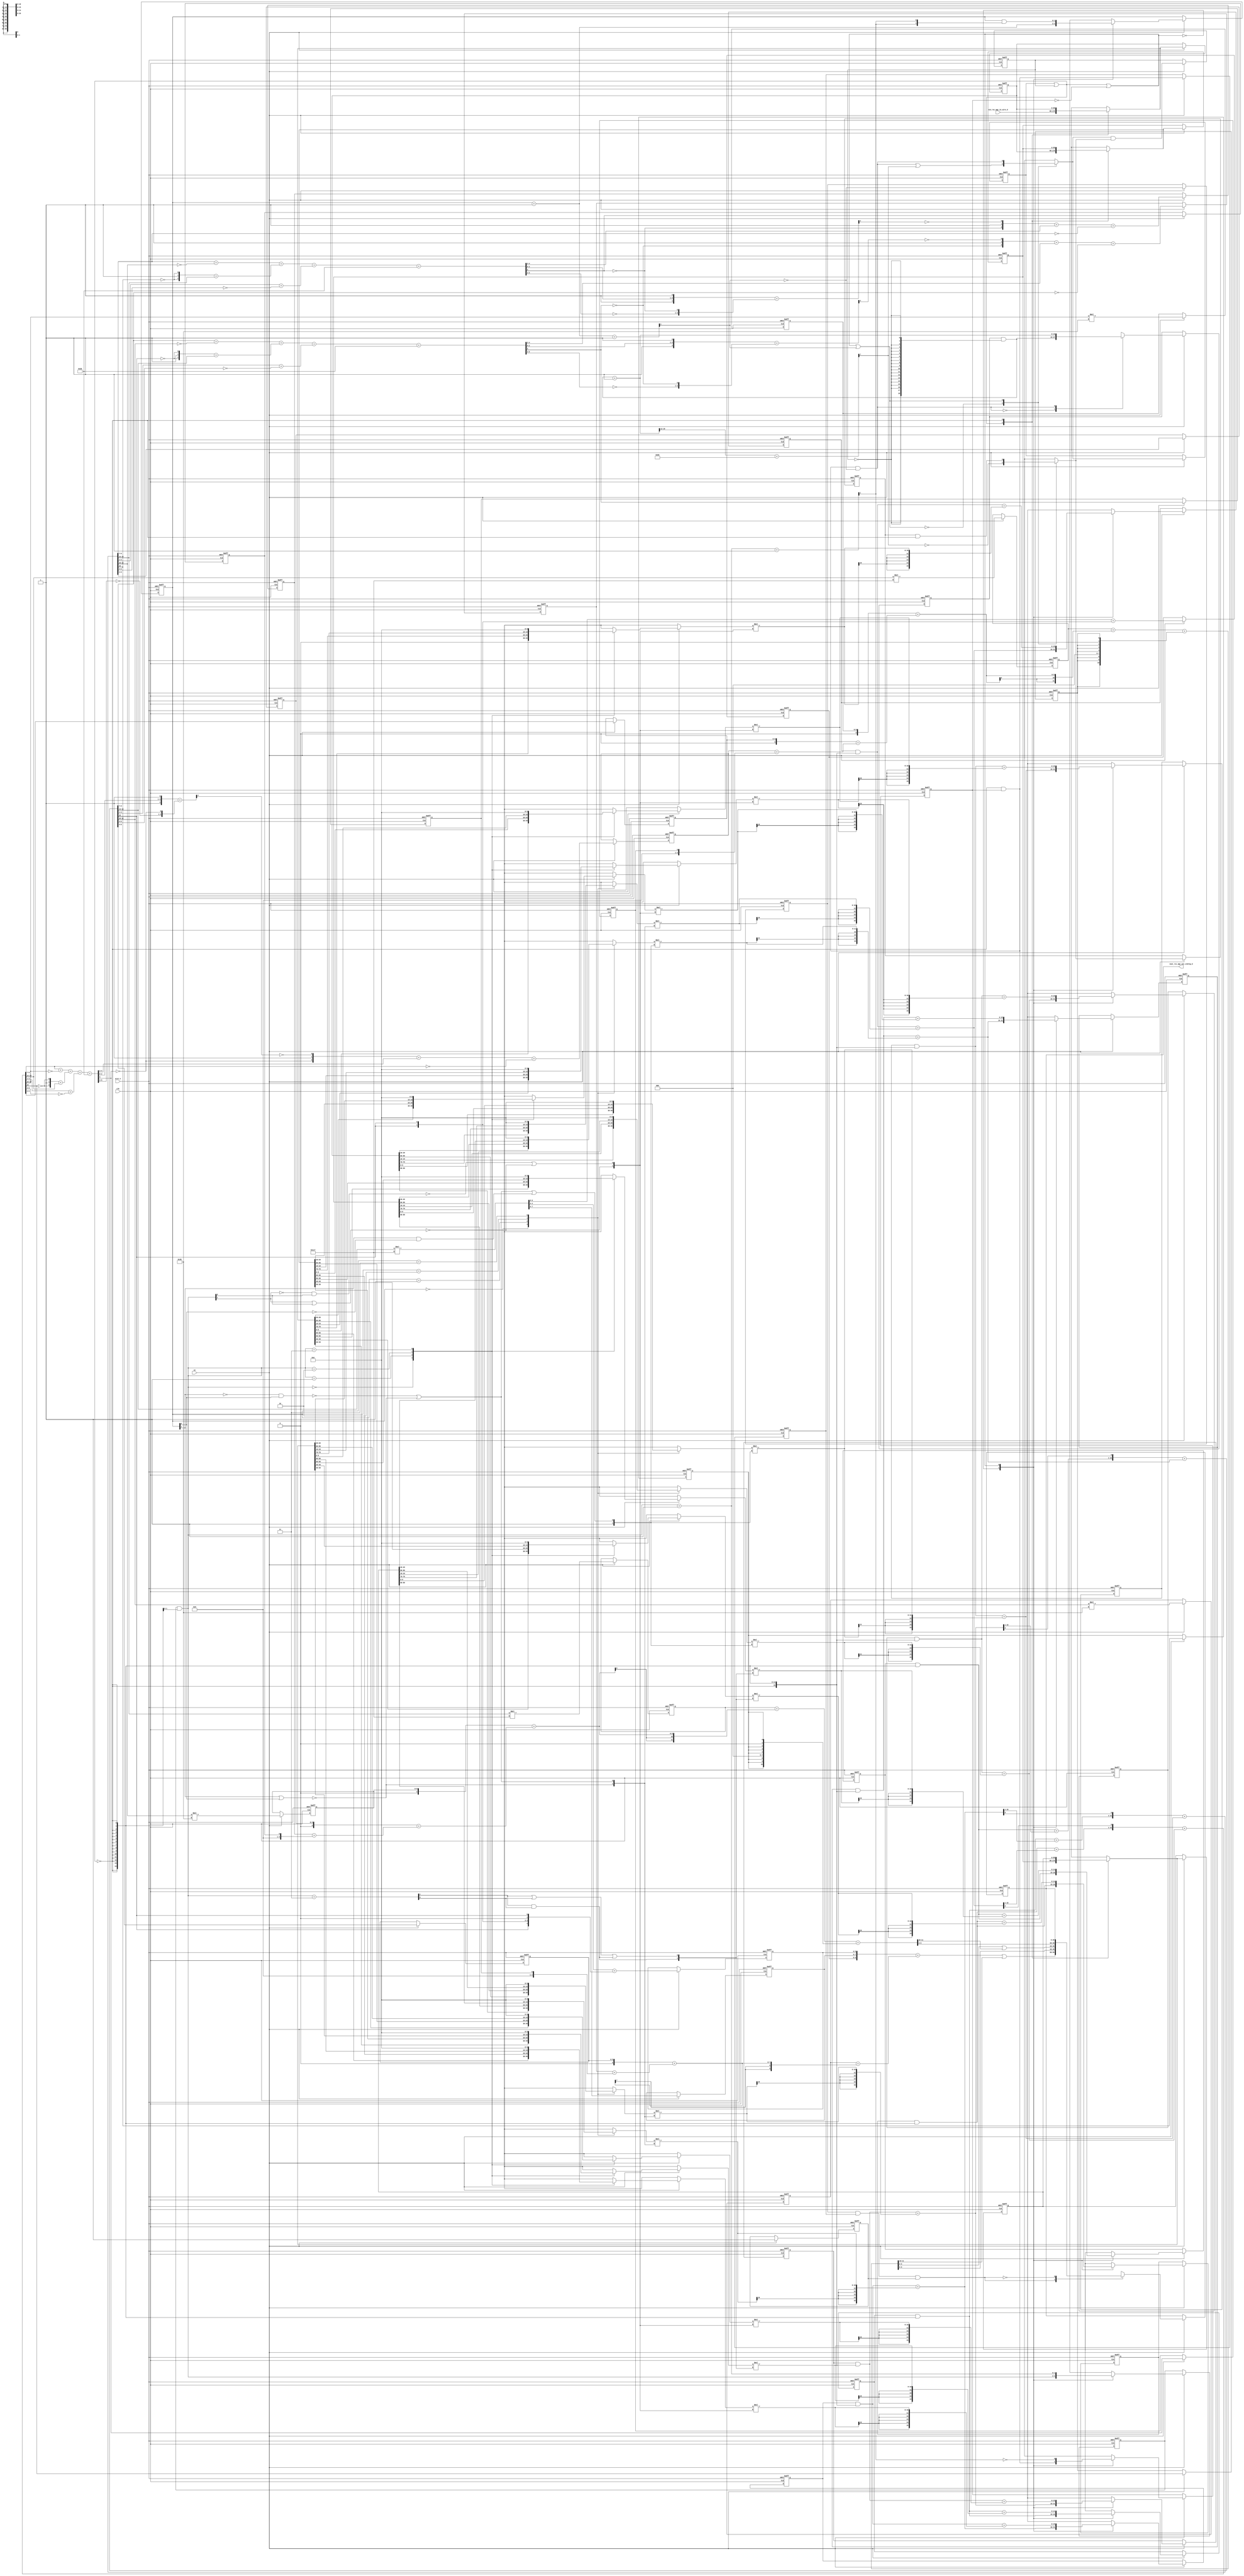
module sobel_core (
  clk, en, arst_n, vin_rsc_mgc_in_wire_d, vout_rsc_mgc_out_stdreg_d
);
  input clk;
  input en;
  input arst_n;
  input [89:0] vin_rsc_mgc_in_wire_d;
  output [29:0] vout_rsc_mgc_out_stdreg_d;
  reg [29:0] vout_rsc_mgc_out_stdreg_d;


  // Interconnect Declarations
  wire and_dcpl_1;
  wire or_dcpl_2;
  reg [18:0] FRAME_p_1_lpi_1;
  reg [14:0] b_1_sg1_lpi_1;
  reg [15:0] b_0_lpi_1;
  reg [15:0] b_2_lpi_1;
  reg [14:0] g_1_sg1_lpi_1;
  reg [15:0] g_0_lpi_1;
  reg [15:0] g_2_lpi_1;
  reg [14:0] r_1_sg1_lpi_1;
  reg [15:0] r_0_lpi_1;
  reg [15:0] r_2_lpi_1;
  reg [1:0] i_6_lpi_1;
  reg exit_FRAME_for_lpi_1;
  reg [1:0] i_7_lpi_1;
  reg [89:0] regs_regs_1_sva;
  reg [89:0] regs_regs_0_sva;
  reg exit_FRAME_1_sva;
  reg [89:0] regs_regs_2_lpi_1_dfm;
  reg exit_FRAME_lpi_1_dfm_2;
  reg exit_FRAME_for_1_lpi_1_dfm_4;
  reg [10:0] FRAME_mul_2_itm_1;
  wire [21:0] nl_FRAME_mul_2_itm_1;
  reg [8:0] FRAME_mul_3_itm_1;
  wire [17:0] nl_FRAME_mul_3_itm_1;
  reg [5:0] green_slc_green_2_sg1_itm_1;
  reg [4:0] FRAME_acc_18_itm_1;
  wire [5:0] nl_FRAME_acc_18_itm_1;
  reg FRAME_slc_acc_imod_5_4_itm_1;
  reg green_slc_green_2_sg1_12_itm_1;
  reg [10:0] FRAME_mul_4_itm_1;
  wire [21:0] nl_FRAME_mul_4_itm_1;
  reg [8:0] FRAME_mul_5_itm_1;
  wire [17:0] nl_FRAME_mul_5_itm_1;
  reg [5:0] blue_slc_blue_2_sg1_itm_1;
  reg [4:0] FRAME_acc_30_itm_1;
  wire [5:0] nl_FRAME_acc_30_itm_1;
  reg FRAME_slc_acc_imod_7_4_itm_1;
  reg blue_slc_blue_2_sg1_12_itm_1;
  reg [8:0] FRAME_mul_1_itm_1;
  wire [17:0] nl_FRAME_mul_1_itm_1;
  reg [5:0] red_slc_red_2_sg1_itm_1;
  reg [4:0] FRAME_acc_37_itm_1;
  wire [5:0] nl_FRAME_acc_37_itm_1;
  reg FRAME_slc_acc_imod_3_4_itm_1;
  reg exit_FRAME_for_lpi_1_dfm_st_1;
  reg exit_FRAME_for_1_sva_2_st_1;
  reg main_stage_0_2;
  reg [1:0] FRAME_acc_41_itm_1_sg2;
  wire [2:0] nl_FRAME_acc_41_itm_1_sg2;
  reg [1:0] FRAME_acc_41_itm_1_sg1;
  reg [5:0] FRAME_acc_41_itm_3;
  wire [6:0] nl_FRAME_acc_41_itm_3;
  wire or_4_cse;
  wire or_9_cse;
  wire exit_FRAME_for_1_lpi_1_dfm_5;
  wire [1:0] FRAME_for_1_acc_itm;
  wire [2:0] nl_FRAME_for_1_acc_itm;
  wire [7:0] FRAME_acc_itm;
  wire [8:0] nl_FRAME_acc_itm;
  wire [11:0] FRAME_acc_3_psp_sva;
  wire [13:0] nl_FRAME_acc_3_psp_sva;
  wire [11:0] FRAME_acc_4_psp_sva;
  wire [13:0] nl_FRAME_acc_4_psp_sva;
  wire exit_FRAME_for_lpi_1_dfm;
  wire [1:0] i_7_sva;
  wire [2:0] nl_i_7_sva;
  wire exit_FRAME_for_1_lpi_1_dfm_4_mx0;
  wire [89:0] regs_regs_2_lpi_1_dfm_mx0;
  wire [89:0] regs_regs_1_sva_dfm_mx0;
  wire [89:0] regs_regs_0_sva_dfm_mx0;
  wire exit_FRAME_lpi_1_dfm_2_mx0;
  wire [18:0] FRAME_p_1_sva_1;
  wire [19:0] nl_FRAME_p_1_sva_1;
  wire [18:0] FRAME_p_1_lpi_1_dfm;
  wire [5:0] acc_imod_3_sva;
  wire [7:0] nl_acc_imod_3_sva;
  wire [9:0] FRAME_mul_sdt;
  wire [19:0] nl_FRAME_mul_sdt;
  wire [5:0] acc_imod_7_sva;
  wire [7:0] nl_acc_imod_7_sva;
  wire [5:0] acc_imod_5_sva;
  wire [7:0] nl_acc_imod_5_sva;
  wire [14:0] b_1_sg1_lpi_1_dfm;
  wire [15:0] b_2_sva_1;
  wire [16:0] nl_b_2_sva_1;
  wire [15:0] b_0_sva_1;
  wire [16:0] nl_b_0_sva_1;
  wire [14:0] g_1_sg1_lpi_1_dfm;
  wire [15:0] g_2_sva_1;
  wire [16:0] nl_g_2_sva_1;
  wire [15:0] g_0_sva_1;
  wire [16:0] nl_g_0_sva_1;
  wire [14:0] r_1_sg1_lpi_1_dfm;
  wire [15:0] r_2_sva_1;
  wire [16:0] nl_r_2_sva_1;
  wire [15:0] r_0_sva_1;
  wire [16:0] nl_r_0_sva_1;
  wire [15:0] b_2_lpi_1_dfm;
  wire FRAME_for_1_nor_cse;
  wire [15:0] g_2_lpi_1_dfm;
  wire [15:0] r_2_lpi_1_dfm;
  wire [15:0] b_0_lpi_1_dfm;
  wire [15:0] g_0_lpi_1_dfm;
  wire [15:0] r_0_lpi_1_dfm;
  wire [1:0] i_6_sva_1;
  wire [2:0] nl_i_6_sva_1;
  wire [1:0] i_6_lpi_1_dfm;
  wire FRAME_for_nor_cse;
  wire FRAME_for_and_18_seb;
  wire [1:0] FRAME_for_acc_5_tmp;
  wire [2:0] nl_FRAME_for_acc_5_tmp;
  wire not_24;
  wire [15:0] ACC2_3_acc_1_itm;
  wire [16:0] nl_ACC2_3_acc_1_itm;
  wire [15:0] ACC2_3_acc_3_itm;
  wire [16:0] nl_ACC2_3_acc_3_itm;
  wire [15:0] ACC2_3_acc_2_itm;
  wire [16:0] nl_ACC2_3_acc_2_itm;
  wire FRAME_for_1_or_1_itm;
  wire FRAME_for_1_or_itm;
  wire FRAME_for_or_4_itm;
  wire FRAME_for_or_itm;
  wire FRAME_for_or_5_itm;
  wire [1:0] FRAME_for_acc_itm;
  wire [2:0] nl_FRAME_for_acc_itm;

  wire[9:0] regs_operator_23_mux_nl;
  wire[9:0] regs_operator_17_mux_nl;
  wire[9:0] regs_operator_22_mux_nl;
  wire[9:0] regs_operator_16_mux_nl;
  wire[9:0] regs_operator_21_mux_nl;
  wire[9:0] regs_operator_15_mux_nl;

  // Interconnect Declarations for Component Instantiations 
  assign nl_FRAME_acc_3_psp_sva = (conv_u2s_11_12(FRAME_mul_2_itm_1) + conv_s2s_10_12(conv_u2s_9_10(FRAME_mul_3_itm_1)
      + conv_s2s_8_10(conv_u2s_6_8(green_slc_green_2_sg1_itm_1) + conv_s2s_5_8(FRAME_acc_18_itm_1
      + ({4'b1001 , FRAME_slc_acc_imod_5_4_itm_1}))))) + conv_u2u_11_12(signext_11_9({green_slc_green_2_sg1_12_itm_1
      , 3'b0 , ({{2{green_slc_green_2_sg1_12_itm_1}}, green_slc_green_2_sg1_12_itm_1})
      , 1'b0 , green_slc_green_2_sg1_12_itm_1}));
  assign FRAME_acc_3_psp_sva = nl_FRAME_acc_3_psp_sva[11:0];
  assign nl_FRAME_acc_4_psp_sva = (conv_u2s_11_12(FRAME_mul_4_itm_1) + conv_s2s_10_12(conv_u2s_9_10(FRAME_mul_5_itm_1)
      + conv_s2s_8_10(conv_u2s_6_8(blue_slc_blue_2_sg1_itm_1) + conv_s2s_5_8(FRAME_acc_30_itm_1
      + ({4'b1001 , FRAME_slc_acc_imod_7_4_itm_1}))))) + conv_u2u_11_12(signext_11_9({blue_slc_blue_2_sg1_12_itm_1
      , 3'b0 , ({{2{blue_slc_blue_2_sg1_12_itm_1}}, blue_slc_blue_2_sg1_12_itm_1})
      , 1'b0 , blue_slc_blue_2_sg1_12_itm_1}));
  assign FRAME_acc_4_psp_sva = nl_FRAME_acc_4_psp_sva[11:0];
  assign nl_FRAME_for_1_acc_itm = i_7_sva + 2'b1;
  assign FRAME_for_1_acc_itm = nl_FRAME_for_1_acc_itm[1:0];
  assign exit_FRAME_for_lpi_1_dfm = exit_FRAME_for_lpi_1 & not_24;
  assign nl_i_7_sva = i_7_lpi_1 + 2'b1;
  assign i_7_sva = nl_i_7_sva[1:0];
  assign exit_FRAME_for_1_lpi_1_dfm_4_mx0 = MUX_s_1_2_2({(exit_FRAME_for_1_lpi_1_dfm_5
      | (FRAME_acc_itm[7])) , exit_FRAME_for_1_lpi_1_dfm_5}, or_9_cse);
  assign regs_regs_2_lpi_1_dfm_mx0 = MUX_v_90_2_2({regs_regs_1_sva , regs_regs_2_lpi_1_dfm},
      and_dcpl_1);
  assign regs_regs_1_sva_dfm_mx0 = MUX_v_90_2_2({regs_regs_0_sva , regs_regs_1_sva},
      and_dcpl_1);
  assign regs_regs_0_sva_dfm_mx0 = MUX_v_90_2_2({vin_rsc_mgc_in_wire_d , regs_regs_0_sva},
      and_dcpl_1);
  assign nl_FRAME_acc_itm = conv_u2s_7_8(FRAME_p_1_sva_1[18:12]) + 8'b10110101;
  assign FRAME_acc_itm = nl_FRAME_acc_itm[7:0];
  assign exit_FRAME_lpi_1_dfm_2_mx0 = MUX_s_1_2_2({(~ (FRAME_acc_itm[7])) , (exit_FRAME_lpi_1_dfm_2
      & not_24)}, or_9_cse);
  assign exit_FRAME_for_1_lpi_1_dfm_5 = (~ (FRAME_for_1_acc_itm[1])) & exit_FRAME_for_lpi_1_dfm;
  assign nl_FRAME_p_1_sva_1 = FRAME_p_1_lpi_1_dfm + 19'b1;
  assign FRAME_p_1_sva_1 = nl_FRAME_p_1_sva_1[18:0];
  assign FRAME_p_1_lpi_1_dfm = FRAME_p_1_lpi_1 & (signext_19_1(~ exit_FRAME_1_sva));
  assign nl_acc_imod_3_sva = (conv_u2u_5_6(conv_u2u_4_5(conv_u2u_3_4(ACC2_3_acc_1_itm[9:7])
      + conv_u2u_3_4(~ (ACC2_3_acc_1_itm[12:10]))) + conv_u2u_4_5(conv_u2u_3_4({(~
      (ACC2_3_acc_1_itm[15])) , 1'b1 , (~ (ACC2_3_acc_1_itm[15]))}) + conv_u2u_2_4(ACC2_3_acc_1_itm[14:13])))
      + conv_u2u_4_6(conv_u2u_3_4(ACC2_3_acc_1_itm[3:1]) + conv_u2u_3_4(~ (ACC2_3_acc_1_itm[6:4]))))
      + 6'b101011;
  assign acc_imod_3_sva = nl_acc_imod_3_sva[5:0];
  assign nl_ACC2_3_acc_1_itm = ({(r_1_sg1_lpi_1_dfm + (r_2_sva_1[15:1])) , (r_2_sva_1[0])})
      + r_0_sva_1;
  assign ACC2_3_acc_1_itm = nl_ACC2_3_acc_1_itm[15:0];
  assign nl_FRAME_mul_sdt = conv_u2u_2_10(ACC2_3_acc_1_itm[14:13]) * 10'b111000111;
  assign FRAME_mul_sdt = nl_FRAME_mul_sdt[9:0];
  assign nl_ACC2_3_acc_3_itm = ({(b_1_sg1_lpi_1_dfm + (b_2_sva_1[15:1])) , (b_2_sva_1[0])})
      + b_0_sva_1;
  assign ACC2_3_acc_3_itm = nl_ACC2_3_acc_3_itm[15:0];
  assign nl_acc_imod_7_sva = (conv_u2u_5_6(conv_u2u_4_5(conv_u2u_3_4(ACC2_3_acc_3_itm[9:7])
      + conv_u2u_3_4(~ (ACC2_3_acc_3_itm[12:10]))) + conv_u2u_4_5(conv_u2u_3_4({(~
      (ACC2_3_acc_3_itm[15])) , 1'b1 , (~ (ACC2_3_acc_3_itm[15]))}) + conv_u2u_2_4(ACC2_3_acc_3_itm[14:13])))
      + conv_u2u_4_6(conv_u2u_3_4(ACC2_3_acc_3_itm[3:1]) + conv_u2u_3_4(~ (ACC2_3_acc_3_itm[6:4]))))
      + 6'b101011;
  assign acc_imod_7_sva = nl_acc_imod_7_sva[5:0];
  assign nl_ACC2_3_acc_2_itm = ({(g_1_sg1_lpi_1_dfm + (g_2_sva_1[15:1])) , (g_2_sva_1[0])})
      + g_0_sva_1;
  assign ACC2_3_acc_2_itm = nl_ACC2_3_acc_2_itm[15:0];
  assign nl_acc_imod_5_sva = (conv_u2u_5_6(conv_u2u_4_5(conv_u2u_3_4(ACC2_3_acc_2_itm[9:7])
      + conv_u2u_3_4(~ (ACC2_3_acc_2_itm[12:10]))) + conv_u2u_4_5(conv_u2u_3_4({(~
      (ACC2_3_acc_2_itm[15])) , 1'b1 , (~ (ACC2_3_acc_2_itm[15]))}) + conv_u2u_2_4(ACC2_3_acc_2_itm[14:13])))
      + conv_u2u_4_6(conv_u2u_3_4(ACC2_3_acc_2_itm[3:1]) + conv_u2u_3_4(~ (ACC2_3_acc_2_itm[6:4]))))
      + 6'b101011;
  assign acc_imod_5_sva = nl_acc_imod_5_sva[5:0];
  assign b_1_sg1_lpi_1_dfm = b_1_sg1_lpi_1 & ({{14{not_24}}, not_24});
  assign regs_operator_23_mux_nl = MUX_v_10_4_2({(regs_regs_0_sva[69:60]) , (regs_regs_1_sva[69:60])
      , (regs_regs_2_lpi_1_dfm[69:60]) , 10'b0}, i_7_lpi_1);
  assign nl_b_2_sva_1 = b_2_lpi_1_dfm + conv_s2u_11_16(conv_s2u_22_11(conv_s2s_10_11(regs_operator_23_mux_nl)
      * conv_s2s_2_11({FRAME_for_1_nor_cse , FRAME_for_1_or_1_itm})));
  assign b_2_sva_1 = nl_b_2_sva_1[15:0];
  assign regs_operator_17_mux_nl = MUX_v_10_4_2({(regs_regs_0_sva[9:0]) , (regs_regs_1_sva[9:0])
      , (regs_regs_2_lpi_1_dfm[9:0]) , 10'b0}, i_7_lpi_1);
  assign nl_b_0_sva_1 = b_0_lpi_1_dfm + conv_s2u_12_16(conv_s2u_24_12(conv_s2s_10_12(regs_operator_17_mux_nl)
      * conv_s2s_2_12({1'b1 , FRAME_for_1_or_itm})));
  assign b_0_sva_1 = nl_b_0_sva_1[15:0];
  assign g_1_sg1_lpi_1_dfm = g_1_sg1_lpi_1 & ({{14{not_24}}, not_24});
  assign regs_operator_22_mux_nl = MUX_v_10_4_2({(regs_regs_0_sva[79:70]) , (regs_regs_1_sva[79:70])
      , (regs_regs_2_lpi_1_dfm[79:70]) , 10'b0}, i_7_lpi_1);
  assign nl_g_2_sva_1 = g_2_lpi_1_dfm + conv_s2u_11_16(conv_s2u_22_11(conv_s2s_10_11(regs_operator_22_mux_nl)
      * conv_s2s_2_11({FRAME_for_1_nor_cse , FRAME_for_1_or_1_itm})));
  assign g_2_sva_1 = nl_g_2_sva_1[15:0];
  assign regs_operator_16_mux_nl = MUX_v_10_4_2({(regs_regs_0_sva[19:10]) , (regs_regs_1_sva[19:10])
      , (regs_regs_2_lpi_1_dfm[19:10]) , 10'b0}, i_7_lpi_1);
  assign nl_g_0_sva_1 = g_0_lpi_1_dfm + conv_s2u_12_16(conv_s2u_24_12(conv_s2s_10_12(regs_operator_16_mux_nl)
      * conv_s2s_2_12({1'b1 , FRAME_for_1_or_itm})));
  assign g_0_sva_1 = nl_g_0_sva_1[15:0];
  assign r_1_sg1_lpi_1_dfm = r_1_sg1_lpi_1 & ({{14{not_24}}, not_24});
  assign regs_operator_21_mux_nl = MUX_v_10_4_2({(regs_regs_0_sva[89:80]) , (regs_regs_1_sva[89:80])
      , (regs_regs_2_lpi_1_dfm[89:80]) , 10'b0}, i_7_lpi_1);
  assign nl_r_2_sva_1 = r_2_lpi_1_dfm + conv_s2u_11_16(conv_s2u_22_11(conv_s2s_10_11(regs_operator_21_mux_nl)
      * conv_s2s_2_11({FRAME_for_1_nor_cse , FRAME_for_1_or_1_itm})));
  assign r_2_sva_1 = nl_r_2_sva_1[15:0];
  assign regs_operator_15_mux_nl = MUX_v_10_4_2({(regs_regs_0_sva[29:20]) , (regs_regs_1_sva[29:20])
      , (regs_regs_2_lpi_1_dfm[29:20]) , 10'b0}, i_7_lpi_1);
  assign nl_r_0_sva_1 = r_0_lpi_1_dfm + conv_s2u_12_16(conv_s2u_24_12(conv_s2s_10_12(regs_operator_15_mux_nl)
      * conv_s2s_2_12({1'b1 , FRAME_for_1_or_itm})));
  assign r_0_sva_1 = nl_r_0_sva_1[15:0];
  assign b_2_lpi_1_dfm = b_2_lpi_1 & ({{15{not_24}}, not_24});
  assign FRAME_for_1_nor_cse = ~((i_7_lpi_1[1]) | (i_7_lpi_1[0]));
  assign g_2_lpi_1_dfm = g_2_lpi_1 & ({{15{not_24}}, not_24});
  assign r_2_lpi_1_dfm = r_2_lpi_1 & ({{15{not_24}}, not_24});
  assign b_0_lpi_1_dfm = b_0_lpi_1 & ({{15{not_24}}, not_24});
  assign g_0_lpi_1_dfm = g_0_lpi_1 & ({{15{not_24}}, not_24});
  assign r_0_lpi_1_dfm = r_0_lpi_1 & ({{15{not_24}}, not_24});
  assign nl_i_6_sva_1 = i_6_lpi_1_dfm + 2'b1;
  assign i_6_sva_1 = nl_i_6_sva_1[1:0];
  assign i_6_lpi_1_dfm = i_6_lpi_1 & ({{1{not_24}}, not_24});
  assign FRAME_for_nor_cse = ~((i_6_lpi_1_dfm[1]) | (i_6_lpi_1_dfm[0]));
  assign FRAME_for_and_18_seb = (FRAME_for_acc_5_tmp[1]) & (FRAME_for_acc_5_tmp[0]);
  assign nl_FRAME_for_acc_5_tmp = i_6_lpi_1_dfm + 2'b11;
  assign FRAME_for_acc_5_tmp = nl_FRAME_for_acc_5_tmp[1:0];
  assign not_24 = ~(exit_FRAME_for_1_lpi_1_dfm_4 | exit_FRAME_1_sva);
  assign FRAME_for_1_or_1_itm = (~((~ (i_7_lpi_1[1])) & (i_7_lpi_1[0]))) | FRAME_for_1_nor_cse;
  assign FRAME_for_1_or_itm = (~((i_7_lpi_1[0]) & (~ (i_7_lpi_1[1])))) | FRAME_for_1_nor_cse
      | ((i_7_lpi_1[1]) & (~ (i_7_lpi_1[0])));
  assign FRAME_for_or_4_itm = (~((~ (i_6_lpi_1_dfm[1])) & (i_6_lpi_1_dfm[0]))) |
      FRAME_for_nor_cse;
  assign FRAME_for_or_itm = (~((i_6_lpi_1_dfm[0]) & (~ (i_6_lpi_1_dfm[1])))) | FRAME_for_nor_cse;
  assign FRAME_for_or_5_itm = (FRAME_for_acc_5_tmp[1]) | (FRAME_for_acc_5_tmp[0])
      | FRAME_for_and_18_seb;
  assign and_dcpl_1 = ~(exit_FRAME_1_sva | exit_FRAME_for_1_lpi_1_dfm_4);
  assign or_dcpl_2 = exit_FRAME_1_sva | exit_FRAME_for_1_lpi_1_dfm_4;
  assign or_4_cse = or_dcpl_2 | (~ exit_FRAME_for_lpi_1);
  assign or_9_cse = or_dcpl_2 | (~ exit_FRAME_for_lpi_1) | (FRAME_for_1_acc_itm[1]);
  assign nl_FRAME_for_acc_itm = i_6_sva_1 + 2'b1;
  assign FRAME_for_acc_itm = nl_FRAME_for_acc_itm[1:0];
  always @(posedge clk or negedge arst_n) begin
    if ( ~ arst_n ) begin
      vout_rsc_mgc_out_stdreg_d <= 30'b0;
      FRAME_acc_41_itm_1_sg2 <= 2'b0;
      FRAME_acc_41_itm_1_sg1 <= 2'b0;
      FRAME_acc_41_itm_3 <= 6'b0;
      FRAME_mul_1_itm_1 <= 9'b0;
      red_slc_red_2_sg1_itm_1 <= 6'b0;
      FRAME_acc_37_itm_1 <= 5'b0;
      FRAME_slc_acc_imod_3_4_itm_1 <= 1'b0;
      FRAME_mul_4_itm_1 <= 11'b0;
      FRAME_mul_5_itm_1 <= 9'b0;
      blue_slc_blue_2_sg1_itm_1 <= 6'b0;
      FRAME_acc_30_itm_1 <= 5'b0;
      FRAME_slc_acc_imod_7_4_itm_1 <= 1'b0;
      blue_slc_blue_2_sg1_12_itm_1 <= 1'b0;
      FRAME_mul_2_itm_1 <= 11'b0;
      FRAME_mul_3_itm_1 <= 9'b0;
      green_slc_green_2_sg1_itm_1 <= 6'b0;
      FRAME_acc_18_itm_1 <= 5'b0;
      FRAME_slc_acc_imod_5_4_itm_1 <= 1'b0;
      green_slc_green_2_sg1_12_itm_1 <= 1'b0;
      exit_FRAME_for_1_sva_2_st_1 <= 1'b0;
      exit_FRAME_for_lpi_1_dfm_st_1 <= 1'b0;
      i_7_lpi_1 <= 2'b0;
      exit_FRAME_for_lpi_1 <= 1'b0;
      exit_FRAME_for_1_lpi_1_dfm_4 <= 1'b0;
      exit_FRAME_1_sva <= 1'b1;
      main_stage_0_2 <= 1'b0;
      regs_regs_2_lpi_1_dfm <= 90'b0;
      regs_regs_1_sva <= 90'b0;
      regs_regs_0_sva <= 90'b0;
      exit_FRAME_lpi_1_dfm_2 <= 1'b0;
      b_1_sg1_lpi_1 <= 15'b0;
      g_1_sg1_lpi_1 <= 15'b0;
      r_1_sg1_lpi_1 <= 15'b0;
      i_6_lpi_1 <= 2'b0;
      b_2_lpi_1 <= 16'b0;
      b_0_lpi_1 <= 16'b0;
      g_2_lpi_1 <= 16'b0;
      g_0_lpi_1 <= 16'b0;
      r_2_lpi_1 <= 16'b0;
      r_0_lpi_1 <= 16'b0;
      FRAME_p_1_lpi_1 <= 19'b0;
    end
    else begin
      if ( en ) begin
        vout_rsc_mgc_out_stdreg_d <= MUX_v_30_2_2({({((({FRAME_acc_41_itm_1_sg2 ,
            FRAME_acc_41_itm_1_sg1 , FRAME_acc_41_itm_3}) + (conv_u2s_9_10(FRAME_mul_1_itm_1)
            + conv_s2s_8_10(conv_u2s_6_8(red_slc_red_2_sg1_itm_1) + conv_s2s_5_8(FRAME_acc_37_itm_1
            + ({4'b1001 , FRAME_slc_acc_imod_3_4_itm_1}))))) | ({8'b0 , (FRAME_acc_3_psp_sva[11:10])}))
            , (FRAME_acc_3_psp_sva[9:6]) , ((FRAME_acc_3_psp_sva[5:0]) | ({4'b0 ,
            (FRAME_acc_4_psp_sva[11:10])})) , (FRAME_acc_4_psp_sva[9:0])}) , vout_rsc_mgc_out_stdreg_d},
            ~(exit_FRAME_for_1_sva_2_st_1 & exit_FRAME_for_lpi_1_dfm_st_1 & main_stage_0_2));
        FRAME_acc_41_itm_1_sg2 <= nl_FRAME_acc_41_itm_1_sg2[1:0];
        FRAME_acc_41_itm_1_sg1 <= FRAME_mul_sdt[7:6];
        FRAME_acc_41_itm_3 <= nl_FRAME_acc_41_itm_3[5:0];
        FRAME_mul_1_itm_1 <= nl_FRAME_mul_1_itm_1[8:0];
        red_slc_red_2_sg1_itm_1 <= ACC2_3_acc_1_itm[9:4];
        FRAME_acc_37_itm_1 <= nl_FRAME_acc_37_itm_1[4:0];
        FRAME_slc_acc_imod_3_4_itm_1 <= acc_imod_3_sva[5];
        FRAME_mul_4_itm_1 <= nl_FRAME_mul_4_itm_1[10:0];
        FRAME_mul_5_itm_1 <= nl_FRAME_mul_5_itm_1[8:0];
        blue_slc_blue_2_sg1_itm_1 <= ACC2_3_acc_3_itm[9:4];
        FRAME_acc_30_itm_1 <= nl_FRAME_acc_30_itm_1[4:0];
        FRAME_slc_acc_imod_7_4_itm_1 <= acc_imod_7_sva[5];
        blue_slc_blue_2_sg1_12_itm_1 <= ACC2_3_acc_3_itm[15];
        FRAME_mul_2_itm_1 <= nl_FRAME_mul_2_itm_1[10:0];
        FRAME_mul_3_itm_1 <= nl_FRAME_mul_3_itm_1[8:0];
        green_slc_green_2_sg1_itm_1 <= ACC2_3_acc_2_itm[9:4];
        FRAME_acc_18_itm_1 <= nl_FRAME_acc_18_itm_1[4:0];
        FRAME_slc_acc_imod_5_4_itm_1 <= acc_imod_5_sva[5];
        green_slc_green_2_sg1_12_itm_1 <= ACC2_3_acc_2_itm[15];
        exit_FRAME_for_1_sva_2_st_1 <= ~ (FRAME_for_1_acc_itm[1]);
        exit_FRAME_for_lpi_1_dfm_st_1 <= exit_FRAME_for_lpi_1_dfm;
        i_7_lpi_1 <= MUX_v_2_2_2({i_7_sva , (i_7_lpi_1 & (signext_2_1(FRAME_for_acc_itm[1])))},
            or_4_cse);
        exit_FRAME_for_lpi_1 <= MUX_s_1_2_2({exit_FRAME_for_lpi_1_dfm , (~ (FRAME_for_acc_itm[1]))},
            or_4_cse);
        exit_FRAME_for_1_lpi_1_dfm_4 <= exit_FRAME_for_1_lpi_1_dfm_4_mx0;
        exit_FRAME_1_sva <= exit_FRAME_for_1_lpi_1_dfm_4_mx0 & exit_FRAME_lpi_1_dfm_2_mx0;
        main_stage_0_2 <= 1'b1;
        regs_regs_2_lpi_1_dfm <= regs_regs_2_lpi_1_dfm_mx0;
        regs_regs_1_sva <= regs_regs_1_sva_dfm_mx0;
        regs_regs_0_sva <= regs_regs_0_sva_dfm_mx0;
        exit_FRAME_lpi_1_dfm_2 <= exit_FRAME_lpi_1_dfm_2_mx0;
        b_1_sg1_lpi_1 <= MUX_v_15_2_2({b_1_sg1_lpi_1_dfm , (b_1_sg1_lpi_1_dfm + conv_s2u_11_15(conv_s2u_22_11(conv_s2s_10_11(MUX_v_10_4_2({(regs_regs_0_sva_dfm_mx0[39:30])
            , (regs_regs_1_sva_dfm_mx0[39:30]) , (regs_regs_2_lpi_1_dfm_mx0[39:30])
            , 10'b0}, i_6_lpi_1_dfm)) * conv_s2s_2_11({FRAME_for_and_18_seb , FRAME_for_or_5_itm}))))},
            or_4_cse);
        g_1_sg1_lpi_1 <= MUX_v_15_2_2({g_1_sg1_lpi_1_dfm , (g_1_sg1_lpi_1_dfm + conv_s2u_11_15(conv_s2u_22_11(conv_s2s_10_11(MUX_v_10_4_2({(regs_regs_0_sva_dfm_mx0[49:40])
            , (regs_regs_1_sva_dfm_mx0[49:40]) , (regs_regs_2_lpi_1_dfm_mx0[49:40])
            , 10'b0}, i_6_lpi_1_dfm)) * conv_s2s_2_11({FRAME_for_and_18_seb , FRAME_for_or_5_itm}))))},
            or_4_cse);
        r_1_sg1_lpi_1 <= MUX_v_15_2_2({r_1_sg1_lpi_1_dfm , (r_1_sg1_lpi_1_dfm + conv_s2u_11_15(conv_s2u_22_11(conv_s2s_10_11(MUX_v_10_4_2({(regs_regs_0_sva_dfm_mx0[59:50])
            , (regs_regs_1_sva_dfm_mx0[59:50]) , (regs_regs_2_lpi_1_dfm_mx0[59:50])
            , 10'b0}, i_6_lpi_1_dfm)) * conv_s2s_2_11({FRAME_for_and_18_seb , FRAME_for_or_5_itm}))))},
            or_4_cse);
        i_6_lpi_1 <= MUX_v_2_2_2({i_6_lpi_1_dfm , i_6_sva_1}, or_4_cse);
        b_2_lpi_1 <= MUX_v_16_2_2({b_2_sva_1 , (b_2_lpi_1_dfm + conv_s2u_11_16(conv_s2u_22_11(conv_s2s_10_11(MUX_v_10_4_2({(regs_regs_0_sva_dfm_mx0[69:60])
            , (regs_regs_1_sva_dfm_mx0[69:60]) , (regs_regs_2_lpi_1_dfm_mx0[69:60])
            , 10'b0}, i_6_lpi_1_dfm)) * conv_s2s_2_11({FRAME_for_nor_cse , FRAME_for_or_4_itm}))))},
            or_4_cse);
        b_0_lpi_1 <= MUX_v_16_2_2({b_0_sva_1 , (b_0_lpi_1_dfm + conv_s2u_11_16(conv_s2u_22_11(conv_s2s_10_11(MUX_v_10_4_2({(regs_regs_0_sva_dfm_mx0[9:0])
            , (regs_regs_1_sva_dfm_mx0[9:0]) , (regs_regs_2_lpi_1_dfm_mx0[9:0]) ,
            10'b0}, i_6_lpi_1_dfm)) * conv_s2s_2_11({FRAME_for_nor_cse , FRAME_for_or_itm}))))},
            or_4_cse);
        g_2_lpi_1 <= MUX_v_16_2_2({g_2_sva_1 , (g_2_lpi_1_dfm + conv_s2u_11_16(conv_s2u_22_11(conv_s2s_10_11(MUX_v_10_4_2({(regs_regs_0_sva_dfm_mx0[79:70])
            , (regs_regs_1_sva_dfm_mx0[79:70]) , (regs_regs_2_lpi_1_dfm_mx0[79:70])
            , 10'b0}, i_6_lpi_1_dfm)) * conv_s2s_2_11({FRAME_for_nor_cse , FRAME_for_or_4_itm}))))},
            or_4_cse);
        g_0_lpi_1 <= MUX_v_16_2_2({g_0_sva_1 , (g_0_lpi_1_dfm + conv_s2u_11_16(conv_s2u_22_11(conv_s2s_10_11(MUX_v_10_4_2({(regs_regs_0_sva_dfm_mx0[19:10])
            , (regs_regs_1_sva_dfm_mx0[19:10]) , (regs_regs_2_lpi_1_dfm_mx0[19:10])
            , 10'b0}, i_6_lpi_1_dfm)) * conv_s2s_2_11({FRAME_for_nor_cse , FRAME_for_or_itm}))))},
            or_4_cse);
        r_2_lpi_1 <= MUX_v_16_2_2({r_2_sva_1 , (r_2_lpi_1_dfm + conv_s2u_11_16(conv_s2u_22_11(conv_s2s_10_11(MUX_v_10_4_2({(regs_regs_0_sva_dfm_mx0[89:80])
            , (regs_regs_1_sva_dfm_mx0[89:80]) , (regs_regs_2_lpi_1_dfm_mx0[89:80])
            , 10'b0}, i_6_lpi_1_dfm)) * conv_s2s_2_11({FRAME_for_nor_cse , FRAME_for_or_4_itm}))))},
            or_4_cse);
        r_0_lpi_1 <= MUX_v_16_2_2({r_0_sva_1 , (r_0_lpi_1_dfm + conv_s2u_11_16(conv_s2u_22_11(conv_s2s_10_11(MUX_v_10_4_2({(regs_regs_0_sva_dfm_mx0[29:20])
            , (regs_regs_1_sva_dfm_mx0[29:20]) , (regs_regs_2_lpi_1_dfm_mx0[29:20])
            , 10'b0}, i_6_lpi_1_dfm)) * conv_s2s_2_11({FRAME_for_nor_cse , FRAME_for_or_itm}))))},
            or_4_cse);
        FRAME_p_1_lpi_1 <= MUX_v_19_2_2({FRAME_p_1_lpi_1_dfm , FRAME_p_1_sva_1},
            and_dcpl_1 & exit_FRAME_for_lpi_1 & (~ (FRAME_for_1_acc_itm[1])));
      end
    end
  end
  assign nl_FRAME_acc_41_itm_1_sg2  = (FRAME_mul_sdt[9:8]) + conv_s2u_1_2(ACC2_3_acc_1_itm[15]);
  assign nl_FRAME_acc_41_itm_3  = conv_u2u_5_6(FRAME_mul_sdt[4:0]) + conv_u2u_5_6(signext_5_3({(ACC2_3_acc_1_itm[15])
      , 1'b0 , (ACC2_3_acc_1_itm[15])}));
  assign nl_FRAME_mul_1_itm_1  = conv_u2u_3_9(ACC2_3_acc_1_itm[12:10]) * 9'b111001;
  assign nl_FRAME_acc_37_itm_1  = conv_u2u_4_5(conv_u2u_3_4({(~ (acc_imod_3_sva[5]))
      , 1'b1 , (~ (readslicef_5_1_4((({1'b1 , (acc_imod_3_sva[2:0]) , 1'b1}) + conv_u2s_4_5({(~
      (acc_imod_3_sva[5:3])) , (~ (acc_imod_3_sva[5]))})))))}) + conv_u2u_2_4(acc_imod_3_sva[4:3]))
      + conv_u2u_3_5(~ (ACC2_3_acc_1_itm[9:7]));
  assign nl_FRAME_mul_4_itm_1  = conv_u2u_2_11(ACC2_3_acc_3_itm[14:13]) * 11'b111000111;
  assign nl_FRAME_mul_5_itm_1  = conv_u2u_3_9(ACC2_3_acc_3_itm[12:10]) * 9'b111001;
  assign nl_FRAME_acc_30_itm_1  = conv_u2u_4_5(conv_u2u_3_4({(~ (acc_imod_7_sva[5]))
      , 1'b1 , (~ (readslicef_5_1_4((({1'b1 , (acc_imod_7_sva[2:0]) , 1'b1}) + conv_u2s_4_5({(~
      (acc_imod_7_sva[5:3])) , (~ (acc_imod_7_sva[5]))})))))}) + conv_u2u_2_4(acc_imod_7_sva[4:3]))
      + conv_u2u_3_5(~ (ACC2_3_acc_3_itm[9:7]));
  assign nl_FRAME_mul_2_itm_1  = conv_u2u_2_11(ACC2_3_acc_2_itm[14:13]) * 11'b111000111;
  assign nl_FRAME_mul_3_itm_1  = conv_u2u_3_9(ACC2_3_acc_2_itm[12:10]) * 9'b111001;
  assign nl_FRAME_acc_18_itm_1  = conv_u2u_4_5(conv_u2u_3_4({(~ (acc_imod_5_sva[5]))
      , 1'b1 , (~ (readslicef_5_1_4((({1'b1 , (acc_imod_5_sva[2:0]) , 1'b1}) + conv_u2s_4_5({(~
      (acc_imod_5_sva[5:3])) , (~ (acc_imod_5_sva[5]))})))))}) + conv_u2u_2_4(acc_imod_5_sva[4:3]))
      + conv_u2u_3_5(~ (ACC2_3_acc_2_itm[9:7]));

  function [10:0] signext_11_9;
    input [8:0] vector;
  begin
    signext_11_9= {{2{vector[8]}}, vector};
  end
  endfunction


  function [0:0] MUX_s_1_2_2;
    input [1:0] inputs;
    input [0:0] sel;
    reg [0:0] result;
  begin
    case (sel)
      1'b0 : begin
        result = inputs[1:1];
      end
      1'b1 : begin
        result = inputs[0:0];
      end
      default : begin
        result = inputs[1:1];
      end
    endcase
    MUX_s_1_2_2 = result;
  end
  endfunction


  function [89:0] MUX_v_90_2_2;
    input [179:0] inputs;
    input [0:0] sel;
    reg [89:0] result;
  begin
    case (sel)
      1'b0 : begin
        result = inputs[179:90];
      end
      1'b1 : begin
        result = inputs[89:0];
      end
      default : begin
        result = inputs[179:90];
      end
    endcase
    MUX_v_90_2_2 = result;
  end
  endfunction


  function [18:0] signext_19_1;
    input [0:0] vector;
  begin
    signext_19_1= {{18{vector[0]}}, vector};
  end
  endfunction


  function [9:0] MUX_v_10_4_2;
    input [39:0] inputs;
    input [1:0] sel;
    reg [9:0] result;
  begin
    case (sel)
      2'b00 : begin
        result = inputs[39:30];
      end
      2'b01 : begin
        result = inputs[29:20];
      end
      2'b10 : begin
        result = inputs[19:10];
      end
      2'b11 : begin
        result = inputs[9:0];
      end
      default : begin
        result = inputs[39:30];
      end
    endcase
    MUX_v_10_4_2 = result;
  end
  endfunction


  function [29:0] MUX_v_30_2_2;
    input [59:0] inputs;
    input [0:0] sel;
    reg [29:0] result;
  begin
    case (sel)
      1'b0 : begin
        result = inputs[59:30];
      end
      1'b1 : begin
        result = inputs[29:0];
      end
      default : begin
        result = inputs[59:30];
      end
    endcase
    MUX_v_30_2_2 = result;
  end
  endfunction


  function [1:0] MUX_v_2_2_2;
    input [3:0] inputs;
    input [0:0] sel;
    reg [1:0] result;
  begin
    case (sel)
      1'b0 : begin
        result = inputs[3:2];
      end
      1'b1 : begin
        result = inputs[1:0];
      end
      default : begin
        result = inputs[3:2];
      end
    endcase
    MUX_v_2_2_2 = result;
  end
  endfunction


  function [1:0] signext_2_1;
    input [0:0] vector;
  begin
    signext_2_1= {{1{vector[0]}}, vector};
  end
  endfunction


  function [14:0] MUX_v_15_2_2;
    input [29:0] inputs;
    input [0:0] sel;
    reg [14:0] result;
  begin
    case (sel)
      1'b0 : begin
        result = inputs[29:15];
      end
      1'b1 : begin
        result = inputs[14:0];
      end
      default : begin
        result = inputs[29:15];
      end
    endcase
    MUX_v_15_2_2 = result;
  end
  endfunction


  function [15:0] MUX_v_16_2_2;
    input [31:0] inputs;
    input [0:0] sel;
    reg [15:0] result;
  begin
    case (sel)
      1'b0 : begin
        result = inputs[31:16];
      end
      1'b1 : begin
        result = inputs[15:0];
      end
      default : begin
        result = inputs[31:16];
      end
    endcase
    MUX_v_16_2_2 = result;
  end
  endfunction


  function [18:0] MUX_v_19_2_2;
    input [37:0] inputs;
    input [0:0] sel;
    reg [18:0] result;
  begin
    case (sel)
      1'b0 : begin
        result = inputs[37:19];
      end
      1'b1 : begin
        result = inputs[18:0];
      end
      default : begin
        result = inputs[37:19];
      end
    endcase
    MUX_v_19_2_2 = result;
  end
  endfunction


  function [4:0] signext_5_3;
    input [2:0] vector;
  begin
    signext_5_3= {{2{vector[2]}}, vector};
  end
  endfunction


  function [0:0] readslicef_5_1_4;
    input [4:0] vector;
    reg [4:0] tmp;
  begin
    tmp = vector >> 4;
    readslicef_5_1_4 = tmp[0:0];
  end
  endfunction


  function signed [11:0] conv_u2s_11_12 ;
    input [10:0]  vector ;
  begin
    conv_u2s_11_12 = {1'b0, vector};
  end
  endfunction


  function signed [11:0] conv_s2s_10_12 ;
    input signed [9:0]  vector ;
  begin
    conv_s2s_10_12 = {{2{vector[9]}}, vector};
  end
  endfunction


  function signed [9:0] conv_u2s_9_10 ;
    input [8:0]  vector ;
  begin
    conv_u2s_9_10 = {1'b0, vector};
  end
  endfunction


  function signed [9:0] conv_s2s_8_10 ;
    input signed [7:0]  vector ;
  begin
    conv_s2s_8_10 = {{2{vector[7]}}, vector};
  end
  endfunction


  function signed [7:0] conv_u2s_6_8 ;
    input [5:0]  vector ;
  begin
    conv_u2s_6_8 = {{2{1'b0}}, vector};
  end
  endfunction


  function signed [7:0] conv_s2s_5_8 ;
    input signed [4:0]  vector ;
  begin
    conv_s2s_5_8 = {{3{vector[4]}}, vector};
  end
  endfunction


  function  [11:0] conv_u2u_11_12 ;
    input [10:0]  vector ;
  begin
    conv_u2u_11_12 = {1'b0, vector};
  end
  endfunction


  function signed [7:0] conv_u2s_7_8 ;
    input [6:0]  vector ;
  begin
    conv_u2s_7_8 = {1'b0, vector};
  end
  endfunction


  function  [5:0] conv_u2u_5_6 ;
    input [4:0]  vector ;
  begin
    conv_u2u_5_6 = {1'b0, vector};
  end
  endfunction


  function  [4:0] conv_u2u_4_5 ;
    input [3:0]  vector ;
  begin
    conv_u2u_4_5 = {1'b0, vector};
  end
  endfunction


  function  [3:0] conv_u2u_3_4 ;
    input [2:0]  vector ;
  begin
    conv_u2u_3_4 = {1'b0, vector};
  end
  endfunction


  function  [3:0] conv_u2u_2_4 ;
    input [1:0]  vector ;
  begin
    conv_u2u_2_4 = {{2{1'b0}}, vector};
  end
  endfunction


  function  [5:0] conv_u2u_4_6 ;
    input [3:0]  vector ;
  begin
    conv_u2u_4_6 = {{2{1'b0}}, vector};
  end
  endfunction


  function  [9:0] conv_u2u_2_10 ;
    input [1:0]  vector ;
  begin
    conv_u2u_2_10 = {{8{1'b0}}, vector};
  end
  endfunction


  function  [15:0] conv_s2u_11_16 ;
    input signed [10:0]  vector ;
  begin
    conv_s2u_11_16 = {{5{vector[10]}}, vector};
  end
  endfunction


  function  [10:0] conv_s2u_22_11 ;
    input signed [21:0]  vector ;
  begin
    conv_s2u_22_11 = vector[10:0];
  end
  endfunction


  function signed [10:0] conv_s2s_10_11 ;
    input signed [9:0]  vector ;
  begin
    conv_s2s_10_11 = {vector[9], vector};
  end
  endfunction


  function signed [10:0] conv_s2s_2_11 ;
    input signed [1:0]  vector ;
  begin
    conv_s2s_2_11 = {{9{vector[1]}}, vector};
  end
  endfunction


  function  [15:0] conv_s2u_12_16 ;
    input signed [11:0]  vector ;
  begin
    conv_s2u_12_16 = {{4{vector[11]}}, vector};
  end
  endfunction


  function  [11:0] conv_s2u_24_12 ;
    input signed [23:0]  vector ;
  begin
    conv_s2u_24_12 = vector[11:0];
  end
  endfunction


  function signed [11:0] conv_s2s_2_12 ;
    input signed [1:0]  vector ;
  begin
    conv_s2s_2_12 = {{10{vector[1]}}, vector};
  end
  endfunction


  function  [14:0] conv_s2u_11_15 ;
    input signed [10:0]  vector ;
  begin
    conv_s2u_11_15 = {{4{vector[10]}}, vector};
  end
  endfunction


  function  [1:0] conv_s2u_1_2 ;
    input signed [0:0]  vector ;
  begin
    conv_s2u_1_2 = {vector[0], vector};
  end
  endfunction


  function  [8:0] conv_u2u_3_9 ;
    input [2:0]  vector ;
  begin
    conv_u2u_3_9 = {{6{1'b0}}, vector};
  end
  endfunction


  function signed [4:0] conv_u2s_4_5 ;
    input [3:0]  vector ;
  begin
    conv_u2s_4_5 = {1'b0, vector};
  end
  endfunction


  function  [4:0] conv_u2u_3_5 ;
    input [2:0]  vector ;
  begin
    conv_u2u_3_5 = {{2{1'b0}}, vector};
  end
  endfunction


  function  [10:0] conv_u2u_2_11 ;
    input [1:0]  vector ;
  begin
    conv_u2u_2_11 = {{9{1'b0}}, vector};
  end
  endfunction

endmodule
module sobel (
  vin_rsc_z, vout_rsc_z, clk, en, arst_n
);
  input [89:0] vin_rsc_z;
  output [29:0] vout_rsc_z;
  input clk;
  input en;
  input arst_n;


  // Interconnect Declarations
  wire [89:0] vin_rsc_mgc_in_wire_d;
  wire [29:0] vout_rsc_mgc_out_stdreg_d;


  // Interconnect Declarations for Component Instantiations 
  mgc_in_wire #(.rscid(1),
  .width(90)) vin_rsc_mgc_in_wire (
      .d(vin_rsc_mgc_in_wire_d),
      .z(vin_rsc_z)
    );
  mgc_out_stdreg #(.rscid(2),
  .width(30)) vout_rsc_mgc_out_stdreg (
      .d(vout_rsc_mgc_out_stdreg_d),
      .z(vout_rsc_z)
    );
  sobel_core sobel_core_inst (
      .clk(clk),
      .en(en),
      .arst_n(arst_n),
      .vin_rsc_mgc_in_wire_d(vin_rsc_mgc_in_wire_d),
      .vout_rsc_mgc_out_stdreg_d(vout_rsc_mgc_out_stdreg_d)
    );
endmodule